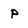
Character: p